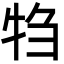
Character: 𬌝